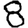
Digit: 8